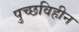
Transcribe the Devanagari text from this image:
पुच्छविहीन